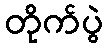
တိုက်ပွဲ